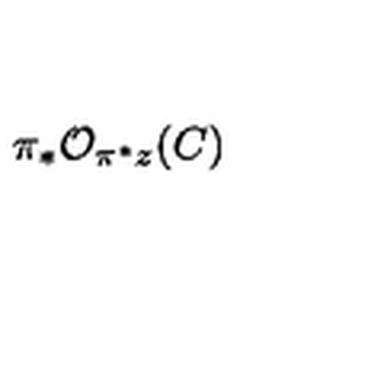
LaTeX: \pi _ { * } { \cal { O } } _ { \pi ^ { * } z } ( C )